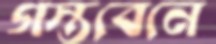
গস্তবেনে